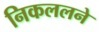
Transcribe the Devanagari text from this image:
निकललने